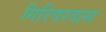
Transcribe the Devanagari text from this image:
गिरिवरदास